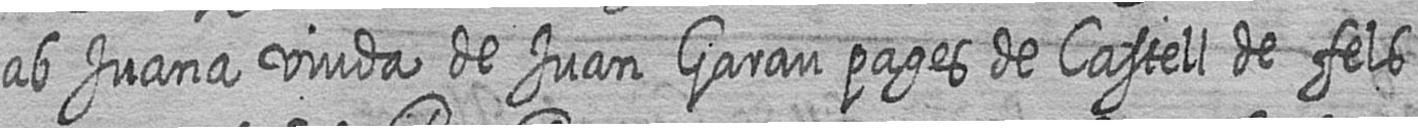
ab Juana viuda de Juan Garau pages de Castell de fels